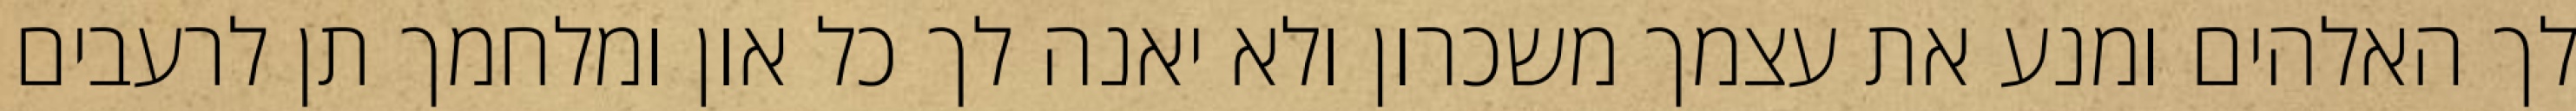
לך האלהים ומנע את עצמך משכרון ולא יאנה לך כל און ומלחמך תן לרעבים